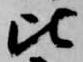
比